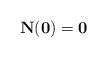
LaTeX: \begin{align*} \mathbf N(\mathbf 0) = \mathbf 0\end{align*}